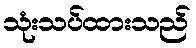
သုံးသပ်ထားသည်